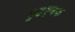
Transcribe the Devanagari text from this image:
गुडएनफ